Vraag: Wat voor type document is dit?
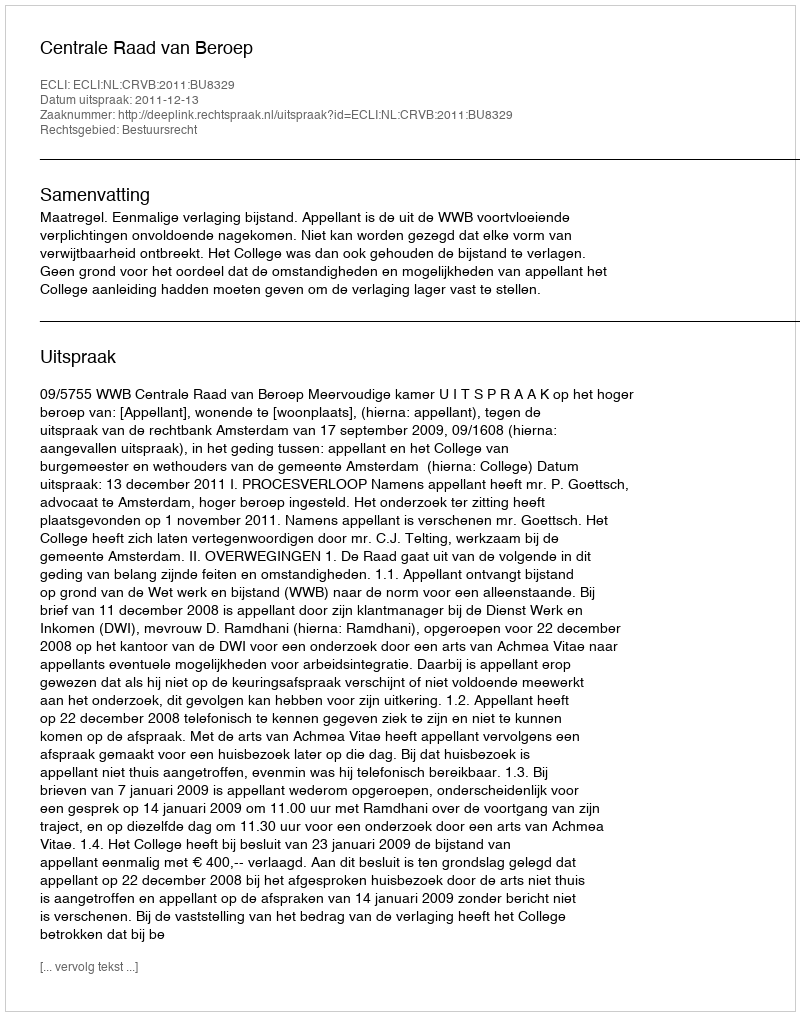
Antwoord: Uitspraak